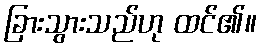
ခြားသွားသည်ဟု ထင်၏။